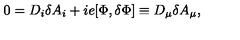
0 = D _ { i } \delta A _ { i } + i e [ \Phi , \delta \Phi ] \equiv D _ { \mu } \delta A _ { \mu } ,